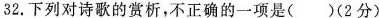
32.下列对诗歌的赏析，不正确的一项是()(2分)